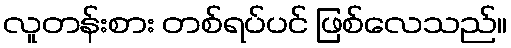
လူတန်းစား တစ်ရပ်ပင် ဖြစ်လေသည်။